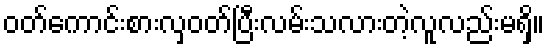
ဝတ်ကောင်းစားလှဝတ်ပြီးလမ်းသလားတဲ့လူလည်းမရှိ။